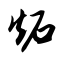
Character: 炻